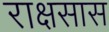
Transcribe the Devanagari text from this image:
राक्षसास